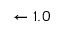
\leftarrow 1 . 0